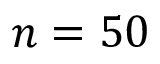
n = 5 0